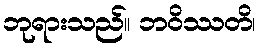
ဘုရားသည်။ ဘဝိဿတိ၊